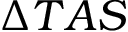
\Delta T A S